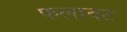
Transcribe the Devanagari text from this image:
फलावट